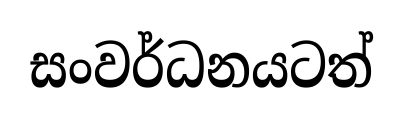
සංවර්ධනයටත්